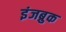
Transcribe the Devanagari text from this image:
इंजब्रुक